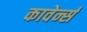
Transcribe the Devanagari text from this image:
कावेर्न्स